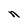
Character: n